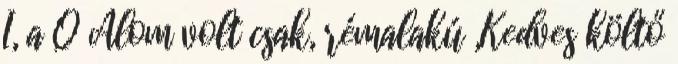
I, a Q Álom volt csak, rémalakú „Kedves költő